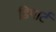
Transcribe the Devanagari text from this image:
डिपार्ट